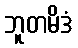
ဘူတမိဒံ